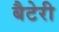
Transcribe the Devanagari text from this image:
बैटेरी